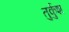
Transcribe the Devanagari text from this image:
तुर्कुश